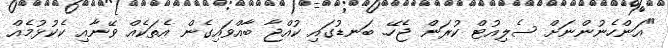
"އަންހެނުންނަށް ސެލިއުޓް ކުރަން ޖެހޭ. ބަނޑުގައި ކުއްޖާ ބާއްވައިގެން އެތަކެއް ވޭނާއި ކެކުޅުމެއް